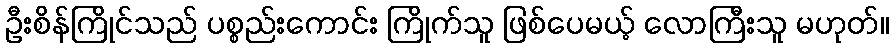
ဦးစိန်ကြိုင်သည် ပစ္စည်းကောင်း ကြိုက်သူ ဖြစ်ပေမယ့် လောကြီးသူ မဟုတ်။